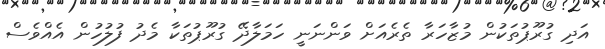
އަދި ގުރޫޕުތަކުން މުޒާހަރާ ތެރެއަށް ވަންނަނީ ހަމަލާދޭ ގުރޫޕުތަކާ މެދު ފުލުހުން އެއްވެސް